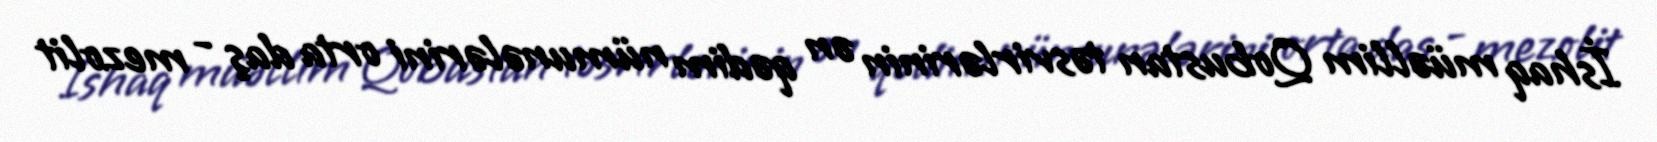
İshaq müəllim Qobustan təsvirlərinin ən qədim nümunələrini orta daş - mezolit